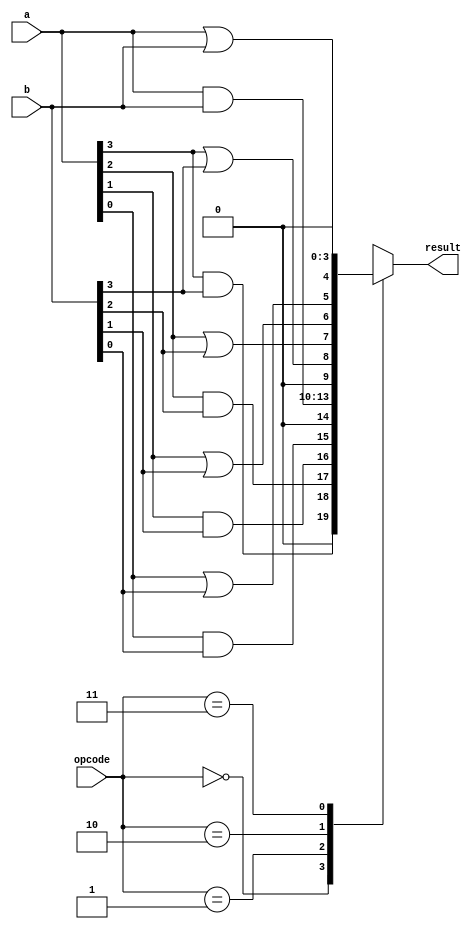
module taskrun (
	input [3:0] a,b,
	input [1:0] opcode,
	output reg [4:0] result 
);

task taskand;
	input [3:0] a,b;
	output [3:0] c;
	integer i;
	for (i=3; i>=0; i= i-1)
		c[i] = a[i] & b[i];
endtask

task taskor;
	input [3:0] a,b;
	output [3:0] c;
	integer i;
	for (i=3; i>=0; i= i-1)
		c[i] = a[i] | b[i];
endtask

always@(*) begin
	case (opcode)
		2'b00: taskand(a,b,result);
		2'b01: result = a&b;
		2'b10: taskor(a,b,result);
		2'b11: result = a|b;
		default: result = 0;
	endcase
end
endmodule